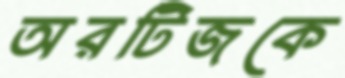
অরটিজকে